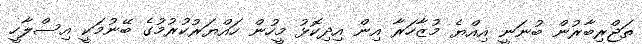
ތަޖްރިބާރުން ބުނަނީ އިއްޔެ މުޒާހަރާ އިން އިދިކޮޅު މީހުން ހައްޔަރުކުރުމުގެ ބޭނުމަކީ އިސްލާހީ